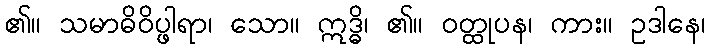
၏။ သမာဓိဝိပ္ဖါရာ၊ သော။ ဣဒ္ဓိ၊ ၏။ ဝတ္ထုပန၊ ကား။ ဥဒါနေ၊